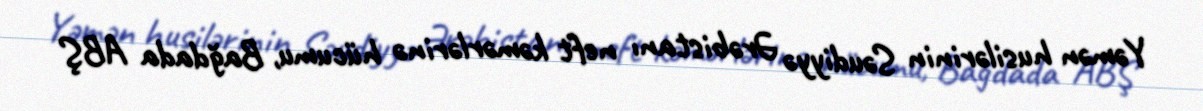
Yəmən husilərinin Səudiyyə Ərəbistanı neft kəmərlərinə hücumu, Bağdada ABŞ